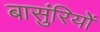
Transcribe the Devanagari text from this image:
बासुंरियों